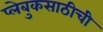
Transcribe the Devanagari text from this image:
प्लेबुकसाठीची